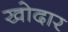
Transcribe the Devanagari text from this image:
खोदार